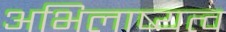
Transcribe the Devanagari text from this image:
अभिलाष्यत्व